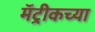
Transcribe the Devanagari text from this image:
मॅट्रीकच्या